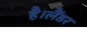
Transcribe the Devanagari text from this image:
है।लैंडर